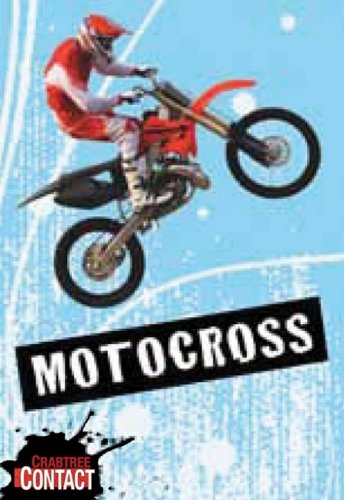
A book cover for Motocross (Crabtree Contact); Ben Johnson; Children's Books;